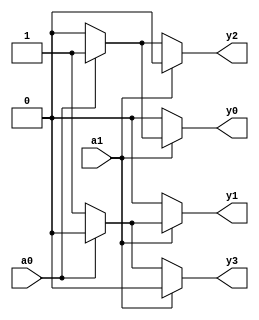
module decoder(output y3,y2,y1,y0, input a1,a0);

    assign y3 = ~a1 ? ~a0 ? 1'b1 : 1'b0 : ~a0 ? 1'b0 : 1'b0;
    assign y2 = ~a1 ? a0 ? 1'b1 : 1'b0 : a0 ? 1'b0 : 1'b0;
    assign y1 = a1 ? ~a0 ? 1'b1 : 1'b0 : ~a0 ? 1'b0 : 1'b0;
    assign y0 = a1 ? a0 ? 1'b1 : 1'b0 : a0 ? 1'b0 : 1'b0;

endmodule